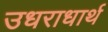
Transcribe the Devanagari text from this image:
उधराधार्थ